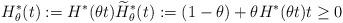
LaTeX: \begin{align*}H_{\theta}^{\ast}(t):=H^{\ast}(\theta t)\widetilde{H}_{\theta}^{\ast}(t):=(1-\theta)+\theta H^{\ast}(\theta t)t\geq0\end{align*}